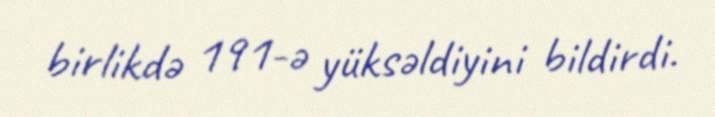
birlikdə 191-ə yüksəldiyini bildirdi.